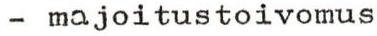
- majoitustoivomus